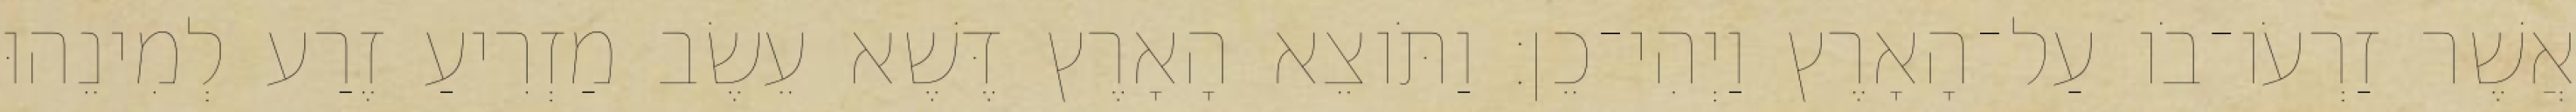
אֲשֶׁר זַרְעֹו־בֹו עַל־הָאָרֶץ וַיְהִי־כֵן׃ וַתֹּוצֵא הָאָרֶץ דֶּשֶׁא עֵשֶׂב מַזְרִיעַ זֶרַע לְמִינֵהוּ